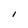
Character: I